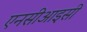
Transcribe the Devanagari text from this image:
एनसीआइसी